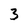
Character: 3